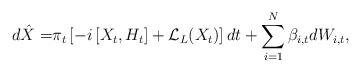
LaTeX: \begin{align*}d\hat{X} = & \pi_t \left[ -i \left[X_t,H_t\right] + \mathcal{L}_L(X_t)\right] dt+ \sum\limits_{i=1}^{N} \beta_{i,t} dW_{i,t},\end{align*}